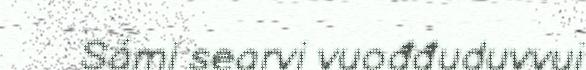
Sámi searvi vuođđuduvvui